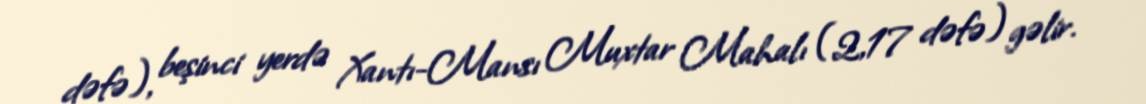
dəfə), beşinci yerdə Xantı-Mansı Muxtar Mahalı (2,17 dəfə) gəlir.